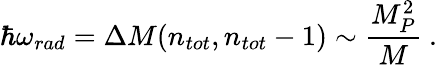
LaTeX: \hbar\omega_{rad}=\Delta M(n_{tot},n_{tot}-1)\sim\frac{M_{P}^{2}}{M}~.